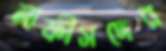
নাফীসদের